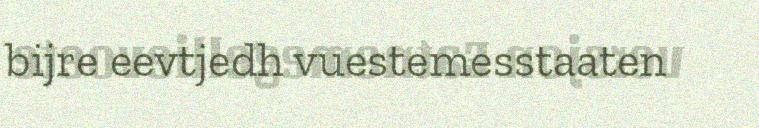
bijre eevtjedh vuestemesstaaten